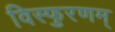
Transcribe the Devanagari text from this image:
विस्फुरणम्